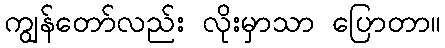
ကျွန်တော်လည်း လိုးမှာသာ ပြောတာ။